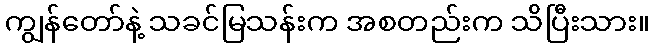
ကျွန်တော်နဲ့ သခင်မြသန်းက အစတည်းက သိပြီးသား။